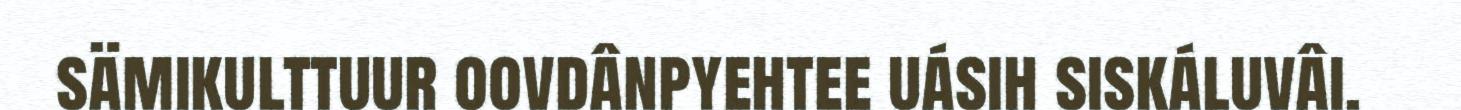
sämikulttuur oovdânpyehtee uásih siskáluvâi.